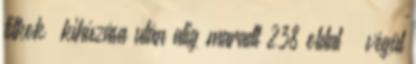
titkok” kihúzása u­tán alig maradt 238 oldal – végül